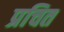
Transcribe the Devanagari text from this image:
प्रचित